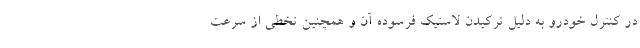
در کنترل خودرو به دلیل ترکیدن لاستیک فرسوده آن و همچنین تخطی از سرعت